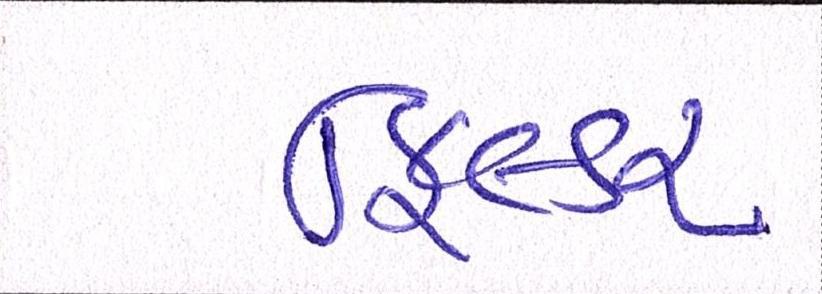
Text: ફિલ્ડર